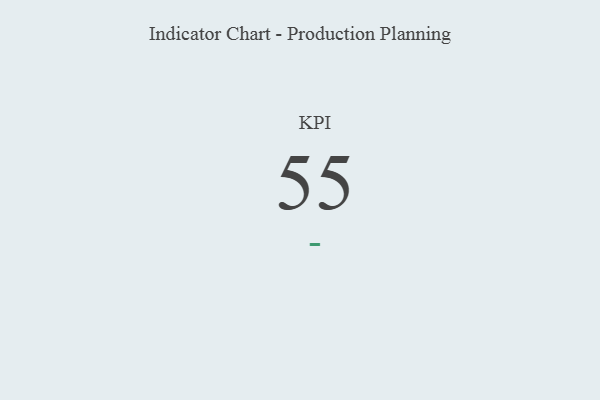
{"axis": {"x": "KPI", "y": "Value"}, "legend": [""], "data": [{"x": "KPI", "y": 55, "type": ""}]}